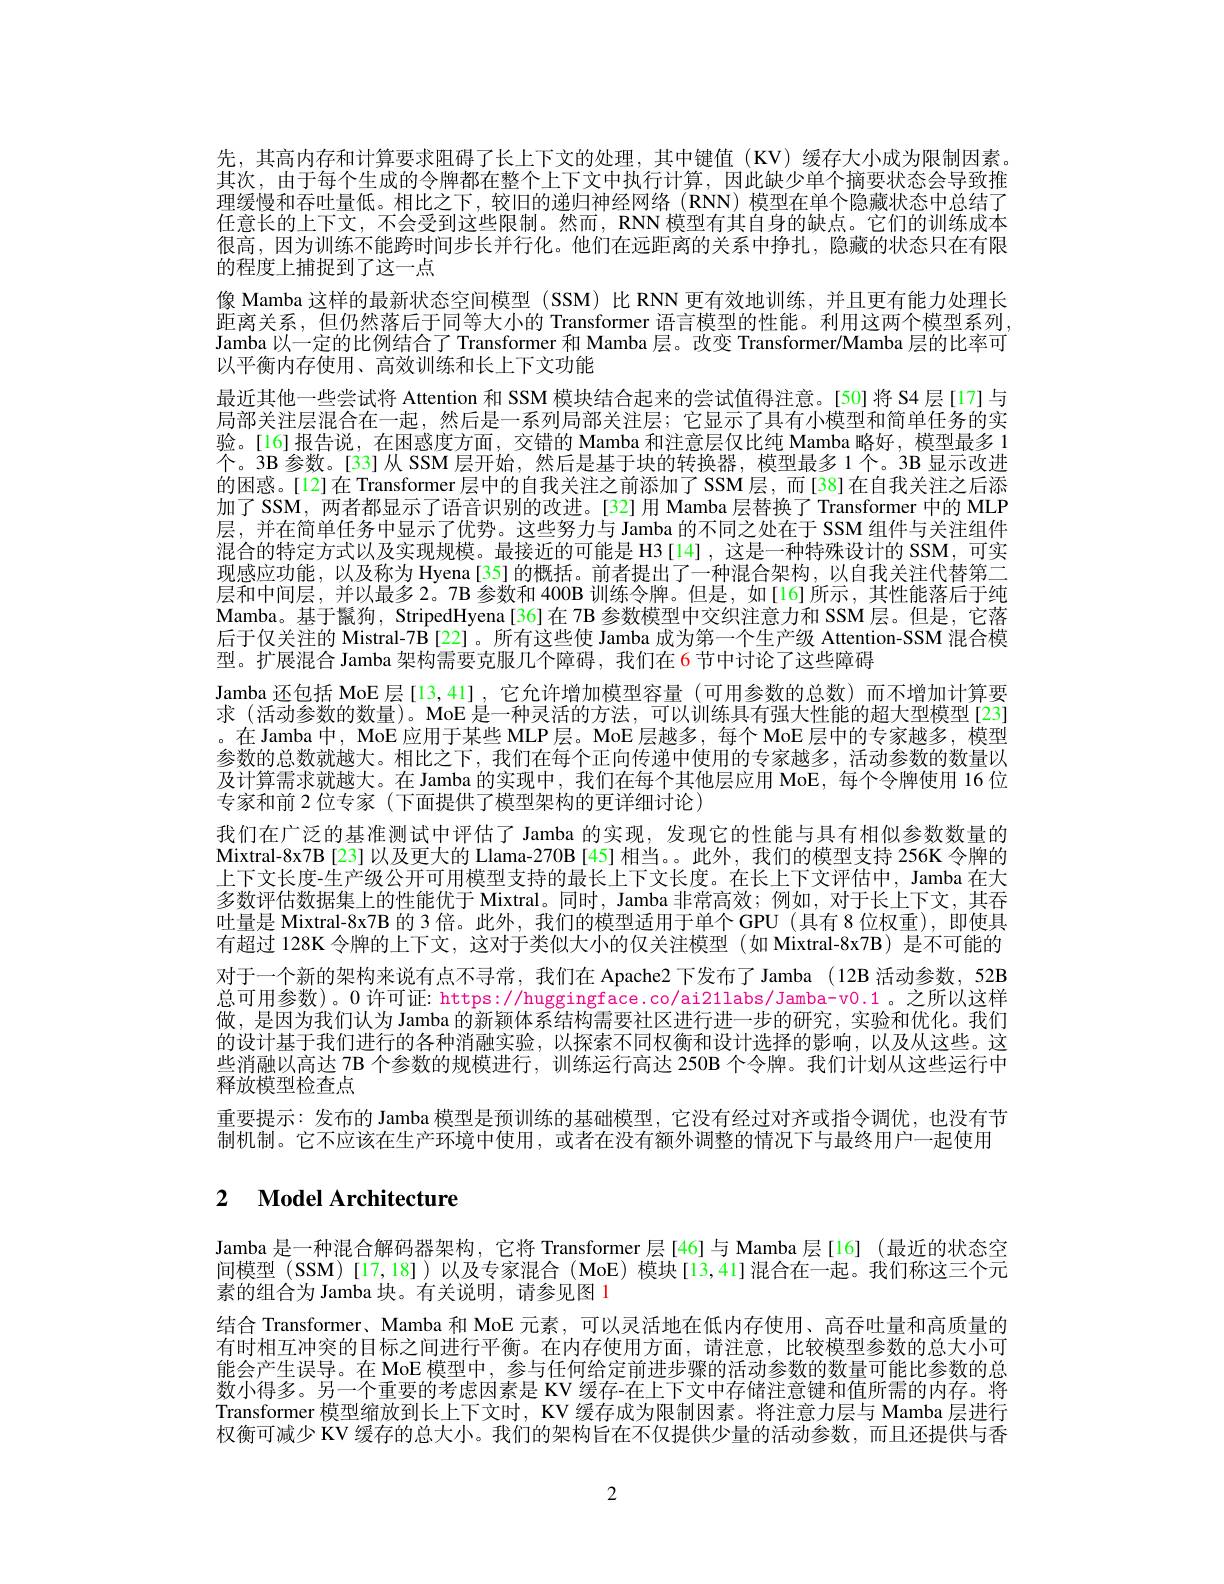
先，其高内存和计算要求阻碍了长上下文的处理，其中键值(KV)缓存大小成为限制因素。其次，由于每个生成的令牌都在整个上下文中执行计算，因此缺少单个摘要状态会导致推理缓慢和吞吐量低。相比之下，较旧的递归神经网络(RNN)模型在单个隐藏状态中总结了任意长的上下文，不会受到这些限制。然而，RNN 模型有其自身的缺点。它们的训练成本很高，因为训练不能跨时间步长并行化。他们在远距离的关系中挣扎，隐藏的状态只在有限的程度上捕捉到了这一点
像 Mamba 这样的最新状态空间模型 (SSM) 比 RNN 更有效地训练，并且更有能力处理长距离关系，但仍然落后于同等大小的 Transformer 语言模型的性能。利用这两个模型系列Jamba 以一定的比例结合了 Transformer 和 Mamba 层。改变 Transformer/Mamba 层的比率可以平衡内存使用、高效训练和长上下文功能
最近其他一些尝试将 Attention 和 SSM 模块结合起来的尝试值得注意。[50]将 S4 层[17]与局部关注层混合在一起，然后是一系列局部关注层；它显示了具有小模型和简单任务的实验。[16]报告说，在困惑度方面，交错的 Mamba 和注意层仅比纯 Mamba 略好，模型最多 1个。3B 参数。[33]从 SSM 层开始，然后是基于块的转换器，模型最多 1个。3B 显示改进的困惑。[12]在 Transformer 层中的自我关注之前添加了SSM层，而[38]在自我关注之后添加了 SSM, 两者都显示了语音识别的改进。[32]用 Mamba 层替换了 Transformer 中的 MLP 层，并在简单任务中显示了优势。这些努力与 Jamba 的不同之处在于 SSM 组件与关注组件混合的特定方式以及实现规模。最接近的可能是 H3[14],这是一种特殊设计的 SSM,可实现感应功能，以及称为 Hyena[35]的概括。前者提出了一种混合架构，以自我关注代替第二层和中间层，并以最多 2。7B 参数和 400B 训练令牌。但是，如[16]所示，其性能落后于纯Mamba。基于鬣狗，StripedHyena[36]在 7B 参数模型中交织注意力和 SSM 层。但是，它落后于仅关注的 Mistral-7B[22]。所有这些使 Jamba 成为第一个生产级 Attention-SSM 混合模型。扩展混合 Jamba 架构需要克服几个障碍，我们在 6节中讨论了这些障碍
Jamba 还包括 MoE 层[13,41] ,它允许增加模型容量 (可用参数的总数)而不增加计算要求 (活动参数的数量)。MoE 是一种灵活的方法，可以训练具有强大性能的超大型模型[23] 。在 Jamba 中，MoE 应用于某些 MLP层。MoE 层越多，每个 MoE 层中的专家越多，模型参数的总数就越大。相比之下，我们在每个正向传递中使用的专家越多，活动参数的数量以及计算需求就越大。在 Jamba 的实现中，我们在每个其他层应用 MoE, 每个令牌使用 16 位专家和前 2 位专家 (下面提供了模型架构的更详细讨论，
我们在广泛的基准测试中评估了 Jamba 的实现，发现它的性能与具有相似参数数量的Mixtral-8x7B[23]以及更大的 Llama-270B[45] 相当。。此外，我们的模型支持 256K 令牌的上下文长度-生产级公开可用模型支持的最长上下文长度。在长上下文评估中，Jamba 在大多数评估数据集上的性能优于 Mixtral。同时，Jamba 非常高效；例如，对于长上下文，其吞吐量是 Mixtral-8x7B 的 3 倍。此外，我们的模型适用于单个 GPU (具有 8 位权重), 即使具有超过 128K 令牌的上下文，这对于类似大小的仅关注模型 (如 Mixtral-8x7B) 是不可能的对于一个新的架构来说有点不寻常，我们在 Apache2 下发布了 Jamba (12B 活动参数，52B 总可用参数)。0 许可证：https://huggingface.co/ai21labs/Jamba-v0.1。之所以这样做，是因为我们认为 Jamba 的新颖体系结构需要社区进行进一步的研究，实验和优化。我们的设计基于我们进行的各种消融实验，以探索不同权衡和设计选择的影响，以及从这些。这些消融以高达 7B 个参数的规模进行，训练运行高达 250B 个令牌。我们计划从这些运行中释放模型检查点
重要提示：发布的 Jamba 模型是预训练的基础模型，它没有经过对齐或指令调优，也没有节
制机制。它不应该在生产环境中使用，或者在没有额外调整的情况下与最终用户一起使用

# 2 $\textbf{Model Architecture}$

Jamba 是一种混合解码器架构，它将 Transformer 层[46]与 Mamba 层[16] (最近的状态空间间模型 (SSM)[17,18])以及专家混合 (MoE) 模块[13,41]混合在一起。我们称这三个元素的组合为 Jamba 块。有关说明，请参见图 1
结合 Transformer、Mamba 和 MoE 元素，可以灵活地在低内存使用、高吞吐量和高质量的有时相互冲突的目标之间进行平衡。在内存使用方面，请注意，比较模型参数的总大小可能会产生误导。在 MoE 模型中，参与任何给定前进步骤的活动参数的数量可能比参数的总数小得多。另一个重要的考虑因素是 KV 缓存-在上下文中存储注意键和值所需的内存。将Transformer 模型缩放到长上下文时，KV 缓存成为限制因素。将注意力层与 Mamba 层进行权衡可减少 KV 缓存的总大小。我们的架构旨在不仅提供少量的活动参数，而且还提供与香

2